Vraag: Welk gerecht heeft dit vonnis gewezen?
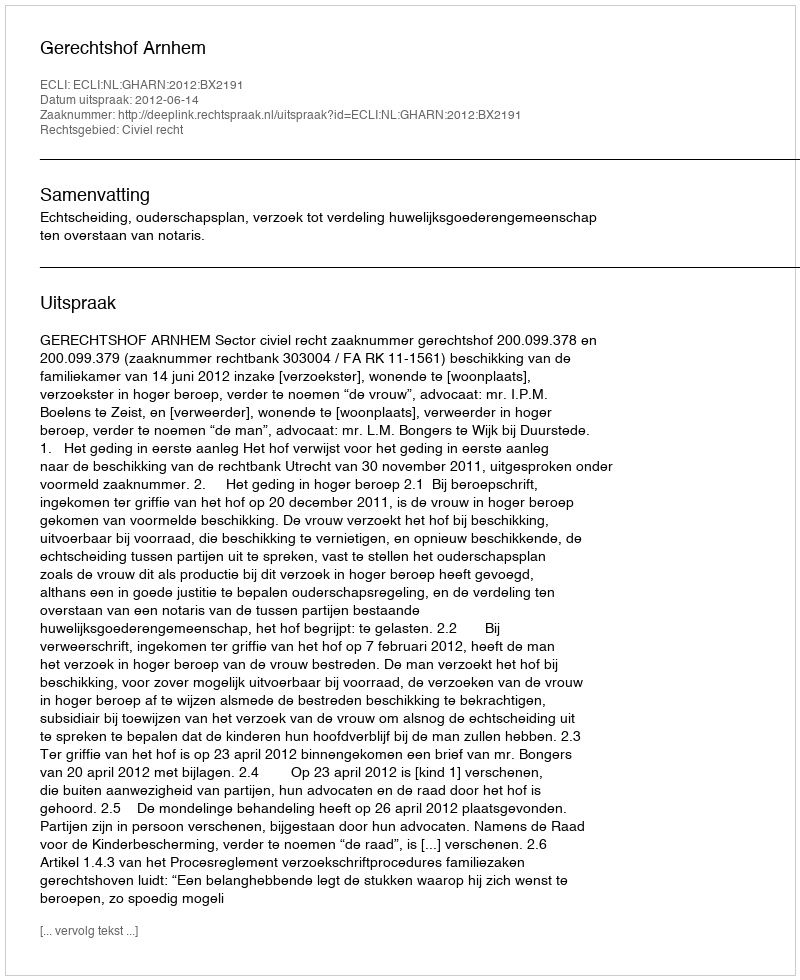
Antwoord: Gerechtshof Arnhem